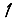
Digit: 1